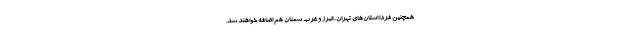
همچنین فردا استان‌های تهران، البرز و غرب سمنان هم اضافه خواهند شد.